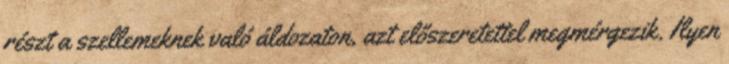
részt a szellemeknek való áldozaton, azt előszeretettel megmérgezik. Ilyen